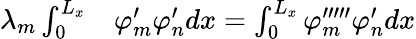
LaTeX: \begin{array}{rl}{\lambda_{m}\int_{0}^{L_{x}}}&{{}\varphi_{m}^{\prime}\varphi_{n}^{\prime}dx=\int_{0}^{L_{x}}\varphi_{m}^{\prime\prime\prime\prime\prime}\varphi_{n}^{\prime}dx}\end{array}